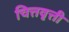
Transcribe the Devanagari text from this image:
चित्तवृत्ती